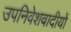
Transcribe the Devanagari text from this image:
उपनिवेशवादीयों